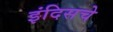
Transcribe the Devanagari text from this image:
इंदिसचे